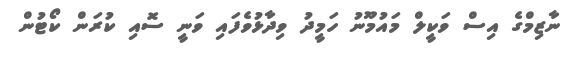
ނާޒިމްގެ އިސް ވަކީލް މައުމޫނު ހަމީދު ވިދާޅުވެފައި ވަނީ ސޮއި ކުރަން ކޯޓުން